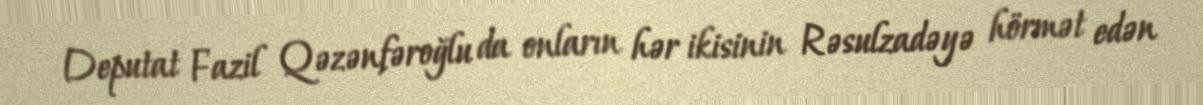
Deputat Fazil Qəzənfəroğlu da onların hər ikisinin Rəsulzadəyə hörmət edən